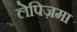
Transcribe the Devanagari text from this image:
लेपिज़मा